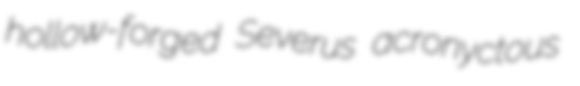
hollow-forged Severus acronyctous